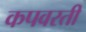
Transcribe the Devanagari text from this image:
कपवरती